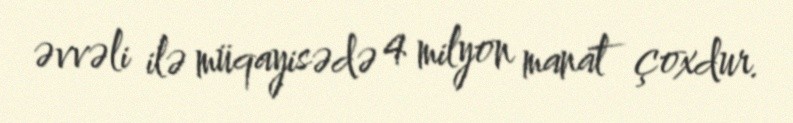
əvvəli ilə müqayisədə 4 milyon manat çoxdur.